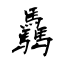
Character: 驫